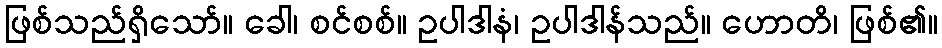
ဖြစ်သည်ရှိသော်။ ခေါ၊ စင်စစ်။ ဥပါဒါနံ၊ ဥပါဒါန်သည်။ ဟောတိ၊ ဖြစ်၏။